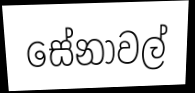
සේනාවල්